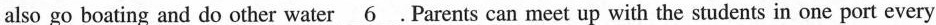
also go boating and do other water\underline{6}. Parents can meet up with the students in one port every